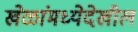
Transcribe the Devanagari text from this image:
खेळांमध्येदेखील